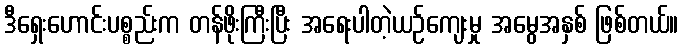
ဒီရှေးဟောင်းပစ္စည်းက တန်ဖိုးကြီးပြီး အရေးပါတဲ့ယဉ်ကျေးမှု အမွေအနှစ် ဖြစ်တယ်။